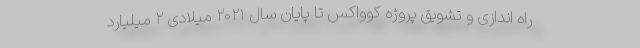
راه اندازی و تشویق پروژه کوواکس تا پایان سال ۲۰۲۱ میلادی ۲ میلیارد